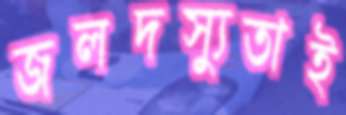
জলদস্যুতাই